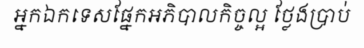
អ្នកឯកទេសផ្នែកអភិបាលកិច្ចល្អ ថ្លែងប្រាប់